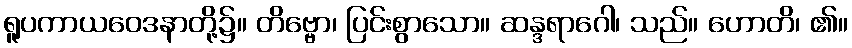
ရူပကာယဝေဒနာတို့၌။ တိဗ္ဗော၊ ပြင်းစွာသော။ ဆန္ဒရာဂေါ၊ သည်။ ဟောတိ၊ ၏။